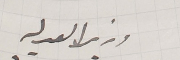
وزير العدليه